Civil Veterinary Dept. Assam report 1927-50 - 1927-1950
Year: 1927
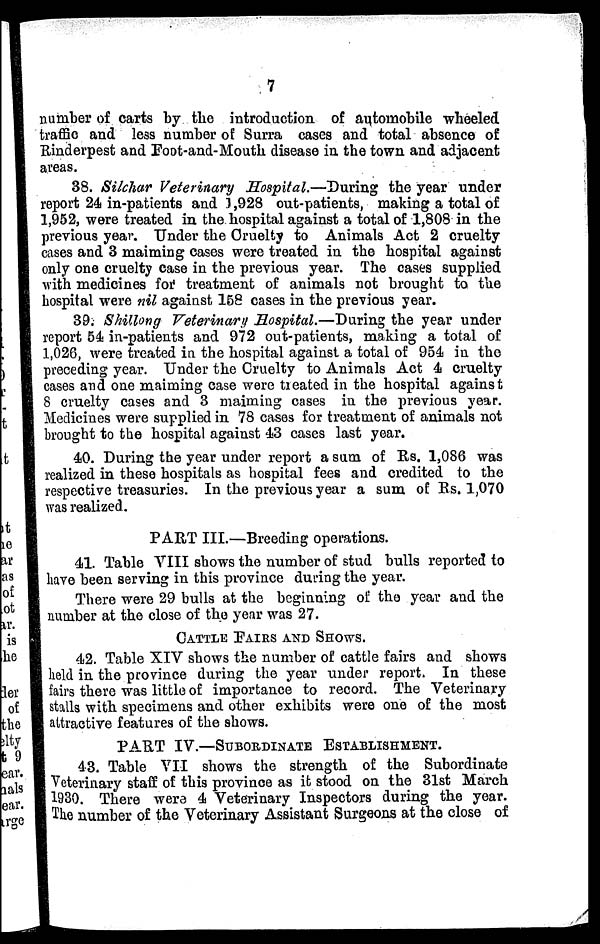
7
number of carts by the introduction of automobile wheeled
traffic and less number of Surra cases and total absence of
Rinderpest and Foot-and-Mouth disease in the town and adjacent
areas.
38. Silchar Veterinary Hospital.—During the year under
report 24 in-patients and 1,928 out-patients, making a total of
1,952, were treated in the hospital against a total of 1,808 in the
previous year. Under the Cruelty to Animals Act 2 cruelty
cases and 3 maiming cases were treated in the hospital against
only one cruelty case in the previous year. The cases supplied
with medicines for treatment of animals not brought to the
hospital were nil against 168 cases in the previous year.
39. Shillong Veterinary Hospital.—During the year under
report 54 in-patients and 972 out-patients, making a total of
1,026, were treated in the hospital against a total of 954 in the
preceding year. Under the Cruelty to Animals Act 4 cruelty
cases and one maiming case were treated in the hospital against
8 cruelty cases and 3 maiming cases in the previous year.
Medicines were supplied in 78 cases for treatment of animals not
brought to the hospital against 43 cases last year.
40. During the year under report a sum of Rs. 1,086 was
realized in these hospitals as hospital fees and credited to the
respective treasuries. In the previous year a sum of Rs. 1,070
was realized.
PART III.—Breeding operations.
41. Table VIII shows the number of stud bulls reported to
have been serving in this province during the year.
There were 29 bulls at the beginning of the year and the
number at the close of the year was 27.
CATTLE PAIRS AND SHOWS.
42. Table XIV shows the number of cattle fairs and shows
held in the province during the year under report. In these
fairs there was little of importance to record. The Veterinary
stalls with specimens and other exhibits were one of the most
attractive features of the shows.
PART IV.—SUBORDINATE ESTABLISHMENT.
43. Table VII shows the strength of the Subordinate
Veterinary staff of this province as it stood on the 31st March
1930. There were 4 Veterinary Inspectors during the year.
The number of the Veterinary Assistant Surgeons at the close of